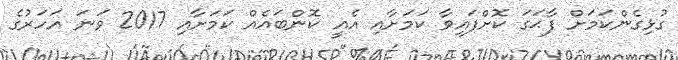
ގުޅިގެންކަމަށް ފާޙަގަ ކޮށްފައިވާ ކަމަށާއި އެއީ ކޮންބައެއް ކަމަށާއި 2017 ވަނަ އަހަރުގެ